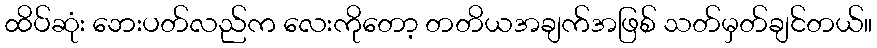
ထိပ်ဆုံး ဘေးပတ်လည်က လေးကိုတော့ တတိယအချက်အဖြစ် သတ်မှတ်ချင်တယ်။